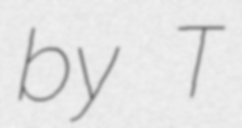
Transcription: by T